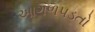
આગળપડતો